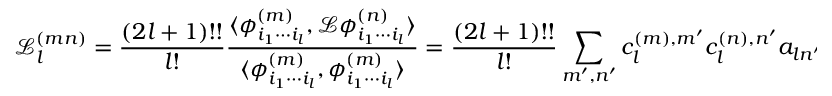
\mathscr { L } _ { l } ^ { ( m n ) } = \frac { ( 2 l + 1 ) ! ! } { l ! } \frac { \langle \phi _ { i _ { 1 } \cdots i _ { l } } ^ { ( m ) } , \mathcal { L } \phi _ { i _ { 1 } \cdots i _ { l } } ^ { ( n ) } \rangle } { \langle \phi _ { i _ { 1 } \cdots i _ { l } } ^ { ( m ) } , \phi _ { i _ { 1 } \cdots i _ { l } } ^ { ( m ) } \rangle } = \frac { ( 2 l + 1 ) ! ! } { l ! } \sum _ { m ^ { \prime } , n ^ { \prime } } c _ { l } ^ { ( m ) , m ^ { \prime } } c _ { l } ^ { ( n ) , n ^ { \prime } } a _ { l n ^ { \prime } m ^ { \prime } }